Civil Veterinary Dept. Bombay admin report 1914-1922 - 1914-1922
Year: 1914
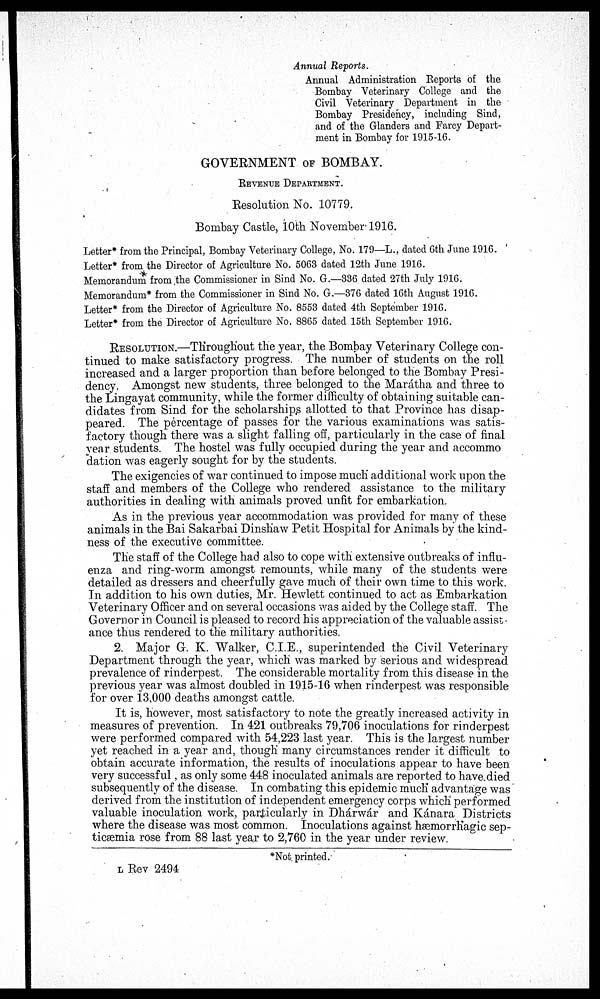
Annual Reports.
Annual Administration Reports of the
Bombay Veterinary College and the
Civil Veterinary Department in the
Bombay Presidency, including Sind,
and of the Glanders and Farcy Depart-
ment in Bombay for 1915-16.
GOVERNMENT OF BOMBAY.
REVENUE DEPARTMENT.
Resolution No. 10779.
Bombay Castle, 10th November 1916.
Letter* from the Principal, Bombay Veterinary College, No. 179—L., dated 6th June 1916.
Letter* from the Director of Agriculture No. 5063 dated 12th June 1916.
Memorandum from the Commissioner in Sind No. G.—336 dated 27th July 1916.
Memorandum* from the Commissioner in Sind No. G.—376 dated 16th August 1916.
Letter* from the Director of Agriculture No. 8553 dated 4th September 1916.
Letter* from the Director of Agriculture No. 8865 dated 15th September 1916.
RESOLUTION.—Throughout the year, the Bombay Veterinary College con-
tinued to make satisfactory progress. The number of students on the roll
increased and a larger proportion than before belonged to the Bombay Presi-
dency. Amongst new students, three belonged to the Marátha and three to
the Lingayat community, while the former difficulty of obtaining suitable can-
didates from Sind for the scholarships allotted to that Province has disap-
peared. The percentage of passes for the various examinations was satis-
factory though there was a slight falling off, particularly in the case of final
year students. The hostel was fully occupied during the year and accommo
dation was eagerly sought for by the students.
The exigencies of war continued to impose much additional work upon the
staff and members of the College who rendered assistance to the military
authorities in dealing with animals proved unfit for embarkation.
As in the previous year accommodation was provided for many of these
animals in the Bai Sakarbai Dinshaw Petit Hospital for Animals by the kind-
ness of the executive committee.
The staff of the College had also to cope with extensive outbreaks of influ-
enza and ring-worm amongst remounts, while many of the students were
detailed as dressers and cheerfully gave much of their own time to this work.
In addition to his own duties, Mr. Hewlett continued to act as Embarkation
Veterinary Officer and on several occasions was aided by the College staff. The
Governor in Council is pleased to record his appreciation of the valuable assist
ance thus rendered to the military authorities.
2. Major G. K. Walker, C.I.E., superintended the Civil Veterinary
Department through the year, which was marked by serious and widespread
prevalence of rinderpest. The considerable mortality from this disease in the
previous year was almost doubled in 1915-16 when rinderpest was responsible
for over 13,000 deaths amongst cattle.
It is, however, most satisfactory to note the greatly increased activity in
measures of prevention. In 421 outbreaks 79,706 inoculations for rinderpest
were performed compared with 54,223 last year. This is the largest number
yet reached in a year and, though many circumstances render it difficult to
obtain accurate information, the results of inoculations appear to have been
very successful, as only some 448 inoculated animals are reported to have died
subsequently of the disease. In combating this epidemic much advantage was
derived from the institution of independent emergency corps which performed
valuable inoculation work, particularly in Dhárwár and Kánara Districts
where the disease was most common. Inoculations against hæmorrhagic sep-
ticæmia rose from 88 last year to 2,760 in the year under review.
*Not printed.
L Rev 2494